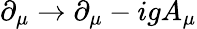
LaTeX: \partial_{\mu}\rightarrow\partial_{\mu}-igA_{\mu}